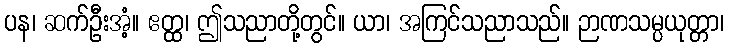
ပန၊ ဆက်ဦးအံ့။ ဧတ္ထ၊ ဤသညာတို့တွင်။ ယာ၊ အကြင်သညာသည်။ ဉာဏသမ္ပယုတ္တာ၊